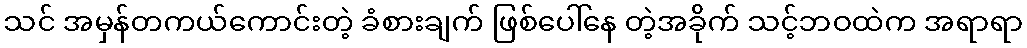
သင် အမှန်တကယ်ကောင်းတဲ့ ခံစားချက် ဖြစ်ပေါ်နေ တဲ့အခိုက် သင့်ဘဝထဲက အရာရာ